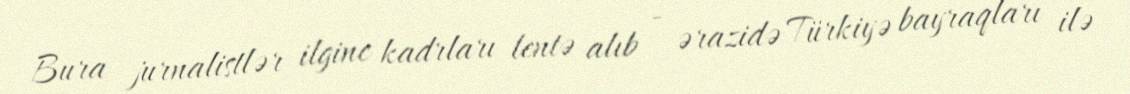
Bura jurnalistlər ilginc kadrları lentə alıb - ərazidə Türkiyə bayraqları ilə